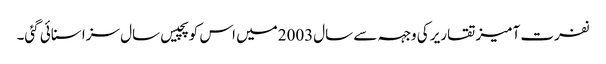
نفرت آمیز تقاریر کی وجہہ سے سال2003میں اس کو پچیس سال سزا سنائی گئی۔